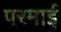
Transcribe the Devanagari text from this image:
परमाई